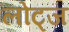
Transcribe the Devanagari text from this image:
लोट्ज